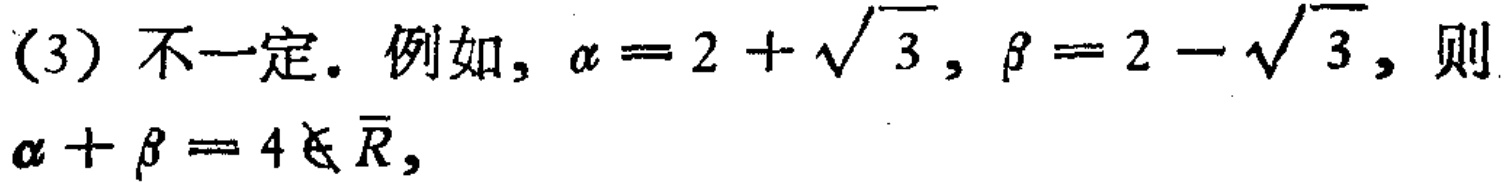
(3) 不一定. 例如, $\alpha = 2+\sqrt{3}$, $\beta = 2 - \sqrt{3}$, 则 $\alpha+\beta = 4 \notin \overline{R}$,